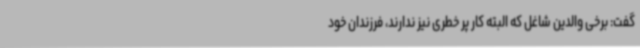
گفت: برخی والدین شاغل که البته کار پر خطری نیز ندارند، فرزندان خود